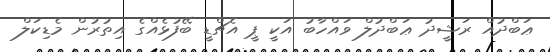
ޢަބްދުއް ރަޝީދު ޢަބްދުލް ވައްހާބު އަކީ ޕީ އެޗްޑީ ބޭފުޅެއްގެ އިތުރުން މެޑިކަލް